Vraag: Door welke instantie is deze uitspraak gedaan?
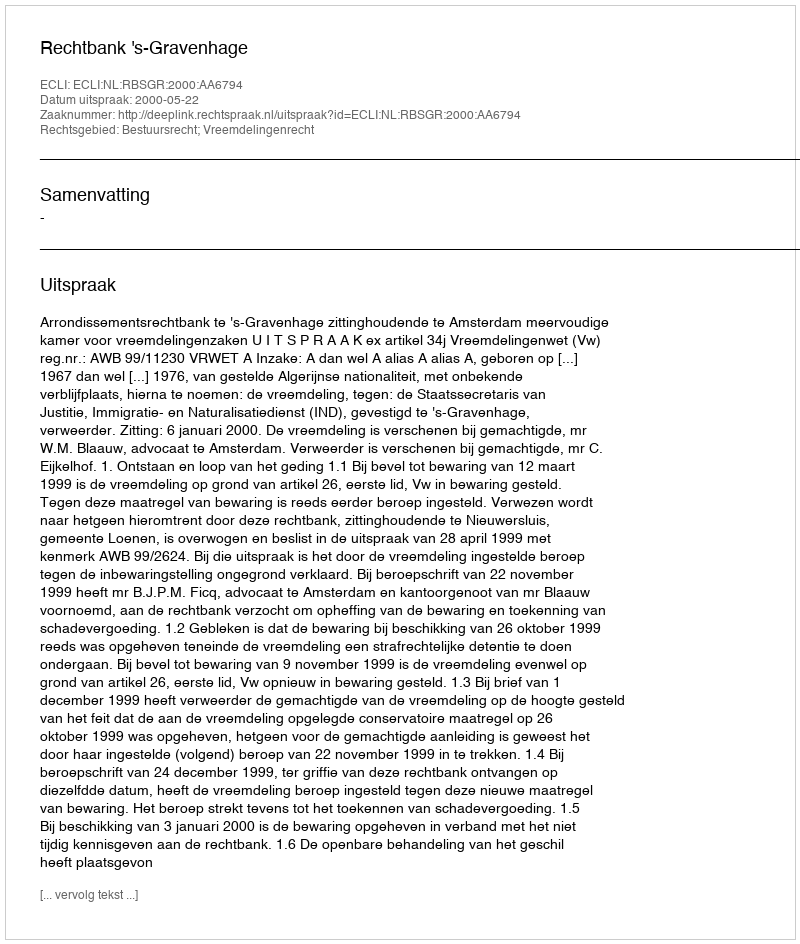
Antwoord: Rechtbank 's-Gravenhage